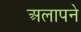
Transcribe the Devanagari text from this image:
अलापने